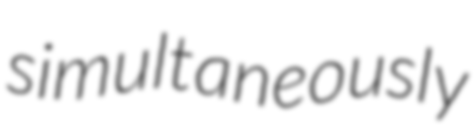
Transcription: simultaneously